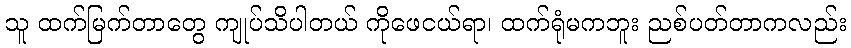
သူ ထက်မြက်တာတွေ ကျုပ်သိပါတယ် ကိုဖေငယ်ရာ၊ ထက်ရုံမကဘူး ညစ်ပတ်တာကလည်း